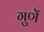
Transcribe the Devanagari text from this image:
गुणें